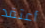
أعتقد